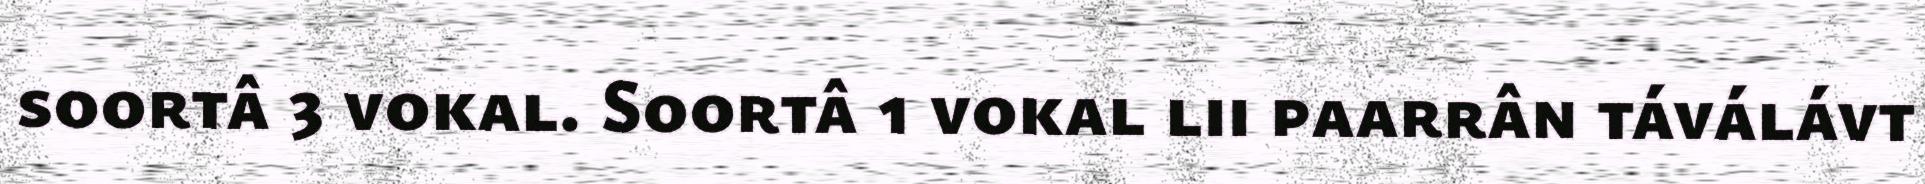
soortâ 3 vokal. Soortâ 1 vokal lii paarrân táválávt